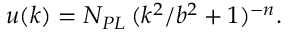
u ( k ) = N _ { P L } \, { ( k ^ { 2 } / b ^ { 2 } + 1 ) ^ { - n } } .